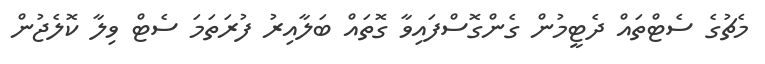
މެޗުގެ ސެޓްތައް ދެޓީމުން ގެންގޮސްފައިވާ ގޮތައް ބަލާއިރު ފުރަތަމަ ސެޓް ވިލާ ކޮލެޖުން